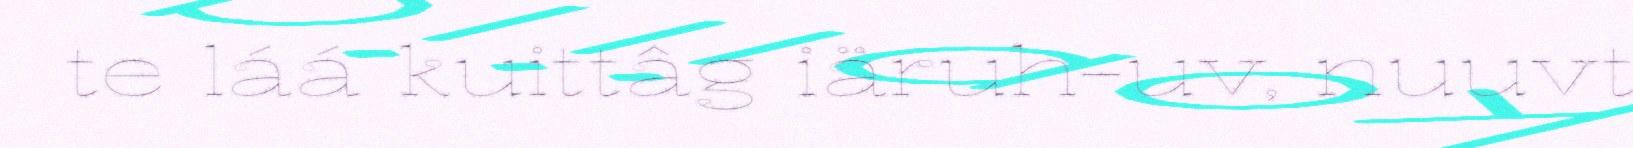
te láá kuittâg iäruh-uv, nuuvt